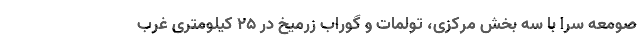
صومعه سرا با سه بخش مرکزی، تولمات و گوراب زرمیخ در ۲۵ کیلومتری غرب